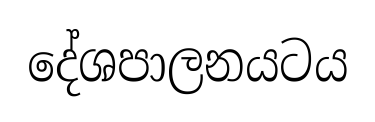
දේශපාලනයටය